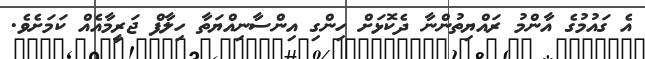
އެ ގައުމުގެ އާންމު ރައްޔިތުންނާ ދެކޮޅަށް ހިންގި އިންސާނިއްޔަތާ ހިލާފް ޖަރީމާއެއް ކަމަށެވެ.